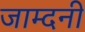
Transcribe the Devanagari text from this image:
जाम्दनी